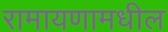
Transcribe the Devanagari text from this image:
रामायणामधील